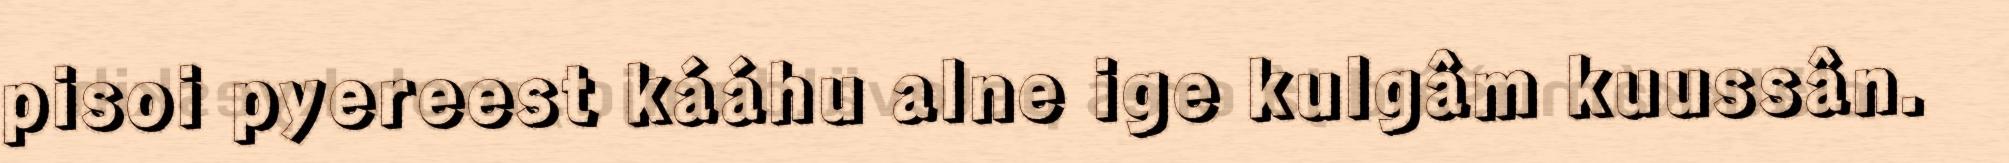
pisoi pyereest kááhu alne ige kulgâm kuussân.